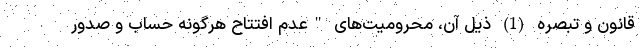
قانون و تبصره (1) ذیل آن، محرومیت‌های "عدم افتتاح هرگونه حساب و صدور